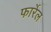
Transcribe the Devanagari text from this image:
फार्रेल